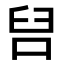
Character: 𭇦